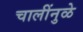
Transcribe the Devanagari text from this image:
चालींनुळे